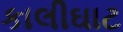
કાલીઘાટ